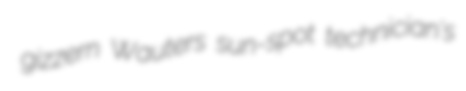
gizzern Wauters sun-spot technician's